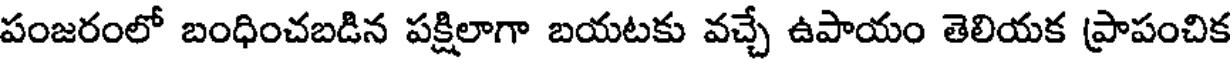
పంజరంలో బంధించబడిన పక్షిలాగా బయటకు వచ్చే ఉపాయం తెలియక ప్రాపంచిక